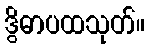
ဒွိဓာပထသုတ်။